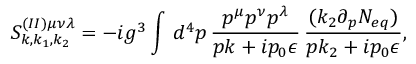
S _ { k , k _ { 1 } , k _ { 2 } } ^ { ( I I ) \mu \nu \lambda } = - i g ^ { 3 } \int \, d ^ { 4 } p \, \frac { p ^ { \mu } p ^ { \nu } p ^ { \lambda } } { p k + i p _ { 0 } \epsilon } \, \frac { ( k _ { 2 } \partial _ { p } { \cal N } _ { e q } ) } { p k _ { 2 } + i p _ { 0 } \epsilon } ,